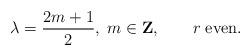
LaTeX: \begin{align*}\lambda={2m+1\over 2},\; m\in {\bf Z},\qquad r\; {\rm even}.\end{align*}